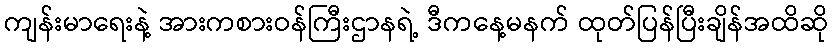
ကျန်းမာရေးနဲ့ အားကစားဝန်ကြီးဌာနရဲ့ ဒီကနေ့မနက် ထုတ်ပြန်ပြီးချိန်အထိဆို